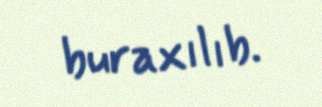
buraxılıb.